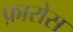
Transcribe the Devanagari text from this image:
फ़ारोस